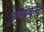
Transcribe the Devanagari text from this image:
इयाइजूत्सू